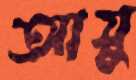
আয়ু